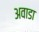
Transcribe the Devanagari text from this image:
अवाडा